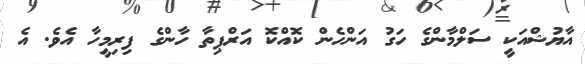
އާޔުޝްއަކީ ސަލްމާންގެ ހަގު އަންހެން ކޮއްކޮ އަރްޕިތާ ހާންގެ ފިރިމީހާ އެވެ. އެ